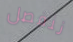
ننفصل